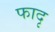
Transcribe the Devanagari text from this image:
फादृ